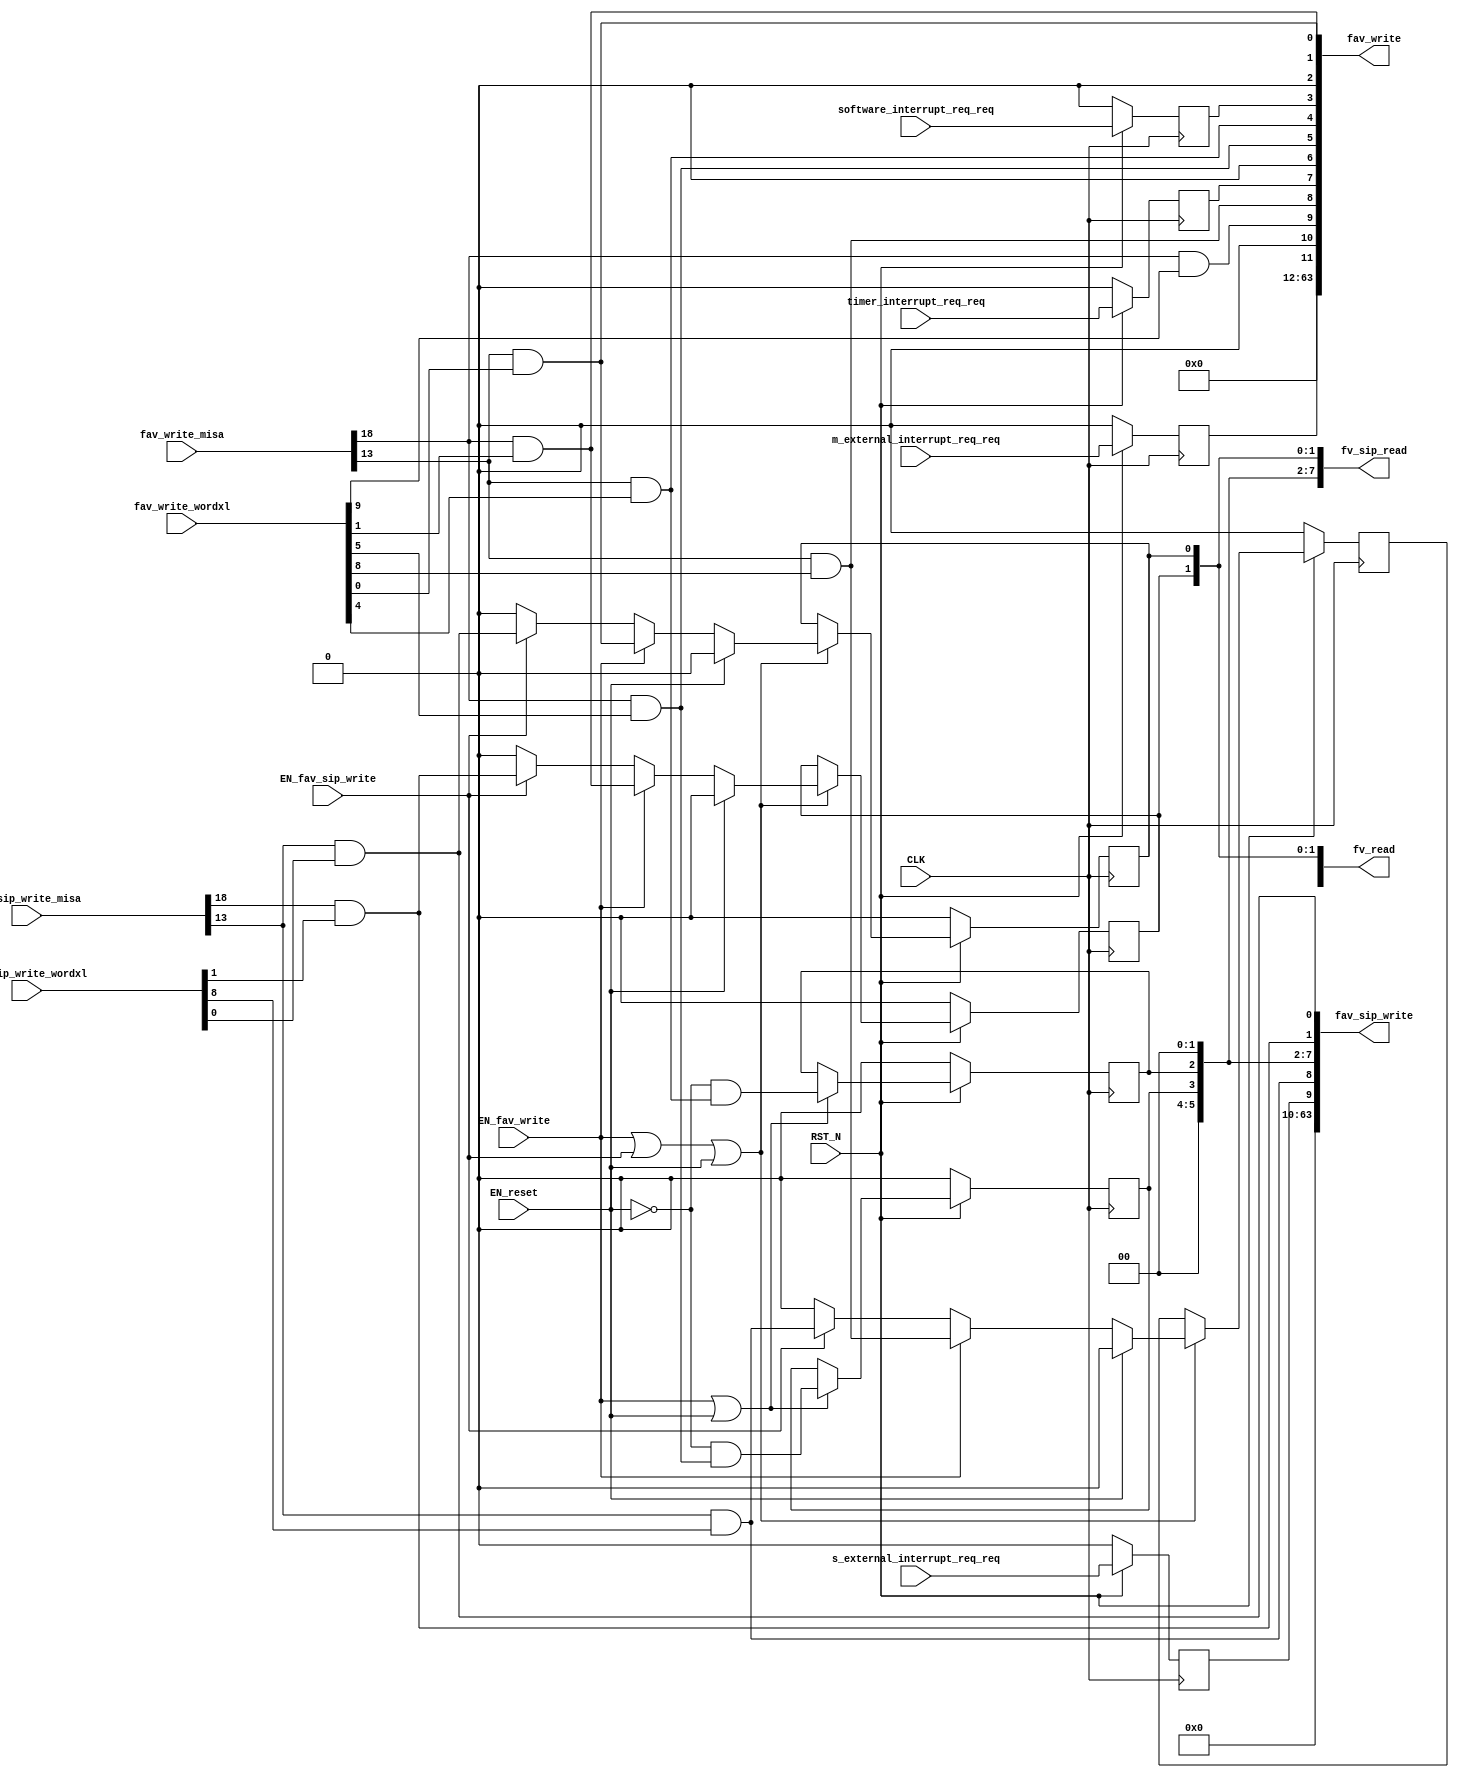
//
// Generated by Bluespec Compiler, version 2018.10.beta1 (build e1df8052c, 2018-10-17)
//
//
//
//
// Ports:
// Name                         I/O  size props
// fv_read                        O    64
// fav_write                      O    64
// fv_sip_read                    O    64
// fav_sip_write                  O    64
// CLK                            I     1 clock
// RST_N                          I     1 reset
// fav_write_misa                 I    28
// fav_write_wordxl               I    64
// fav_sip_write_misa             I    28
// fav_sip_write_wordxl           I    64
// m_external_interrupt_req_req   I     1 reg
// s_external_interrupt_req_req   I     1 reg
// software_interrupt_req_req     I     1 reg
// timer_interrupt_req_req        I     1 reg
// EN_reset                       I     1
// EN_fav_write                   I     1
// EN_fav_sip_write               I     1
//
// Combinational paths from inputs to outputs:
//   (fav_write_misa, fav_write_wordxl) -> fav_write
//   (fav_sip_write_misa, fav_sip_write_wordxl) -> fav_sip_write
//
//

`ifdef BSV_ASSIGNMENT_DELAY
`else
  `define BSV_ASSIGNMENT_DELAY
`endif

`ifdef BSV_POSITIVE_RESET
  `define BSV_RESET_VALUE 1'b1
  `define BSV_RESET_EDGE posedge
`else
  `define BSV_RESET_VALUE 1'b0
  `define BSV_RESET_EDGE negedge
`endif

module mkCSR_MIP(CLK,
		 RST_N,

		 EN_reset,

		 fv_read,

		 fav_write_misa,
		 fav_write_wordxl,
		 EN_fav_write,
		 fav_write,

		 fv_sip_read,

		 fav_sip_write_misa,
		 fav_sip_write_wordxl,
		 EN_fav_sip_write,
		 fav_sip_write,

		 m_external_interrupt_req_req,

		 s_external_interrupt_req_req,

		 software_interrupt_req_req,

		 timer_interrupt_req_req);
  input  CLK;
  input  RST_N;

  // action method reset
  input  EN_reset;

  // value method fv_read
  output [63 : 0] fv_read;

  // actionvalue method fav_write
  input  [27 : 0] fav_write_misa;
  input  [63 : 0] fav_write_wordxl;
  input  EN_fav_write;
  output [63 : 0] fav_write;

  // value method fv_sip_read
  output [63 : 0] fv_sip_read;

  // actionvalue method fav_sip_write
  input  [27 : 0] fav_sip_write_misa;
  input  [63 : 0] fav_sip_write_wordxl;
  input  EN_fav_sip_write;
  output [63 : 0] fav_sip_write;

  // action method m_external_interrupt_req
  input  m_external_interrupt_req_req;

  // action method s_external_interrupt_req
  input  s_external_interrupt_req_req;

  // action method software_interrupt_req
  input  software_interrupt_req_req;

  // action method timer_interrupt_req
  input  timer_interrupt_req_req;

  // signals for module outputs
  wire [63 : 0] fav_sip_write, fav_write, fv_read, fv_sip_read;

  // register rg_meip
  reg rg_meip;
  wire rg_meip$D_IN, rg_meip$EN;

  // register rg_msip
  reg rg_msip;
  wire rg_msip$D_IN, rg_msip$EN;

  // register rg_mtip
  reg rg_mtip;
  wire rg_mtip$D_IN, rg_mtip$EN;

  // register rg_seip
  reg rg_seip;
  wire rg_seip$D_IN, rg_seip$EN;

  // register rg_ssip
  reg rg_ssip;
  reg rg_ssip$D_IN;
  wire rg_ssip$EN;

  // register rg_stip
  reg rg_stip;
  wire rg_stip$D_IN, rg_stip$EN;

  // register rg_ueip
  reg rg_ueip;
  reg rg_ueip$D_IN;
  wire rg_ueip$EN;

  // register rg_usip
  reg rg_usip;
  reg rg_usip$D_IN;
  wire rg_usip$EN;

  // register rg_utip
  reg rg_utip;
  wire rg_utip$D_IN, rg_utip$EN;

  // rule scheduling signals
  wire CAN_FIRE_fav_sip_write,
       CAN_FIRE_fav_write,
       CAN_FIRE_m_external_interrupt_req,
       CAN_FIRE_reset,
       CAN_FIRE_s_external_interrupt_req,
       CAN_FIRE_software_interrupt_req,
       CAN_FIRE_timer_interrupt_req,
       WILL_FIRE_fav_sip_write,
       WILL_FIRE_fav_write,
       WILL_FIRE_m_external_interrupt_req,
       WILL_FIRE_reset,
       WILL_FIRE_s_external_interrupt_req,
       WILL_FIRE_software_interrupt_req,
       WILL_FIRE_timer_interrupt_req;

  // remaining internal signals
  wire [11 : 0] new_mip__h528, new_mip__h946;
  wire seip__h562,
       ssip__h566,
       ssip__h986,
       stip__h564,
       ueip__h563,
       ueip__h985,
       usip__h567,
       usip__h987,
       utip__h565;

  // action method reset
  assign CAN_FIRE_reset = 1'd1 ;
  assign WILL_FIRE_reset = EN_reset ;

  // value method fv_read
  assign fv_read = { 52'd0, new_mip__h528 } ;

  // actionvalue method fav_write
  assign fav_write = { 52'd0, new_mip__h946 } ;
  assign CAN_FIRE_fav_write = 1'd1 ;
  assign WILL_FIRE_fav_write = EN_fav_write ;

  // value method fv_sip_read
  assign fv_sip_read =
	     { 54'd0,
	       rg_seip,
	       rg_ueip,
	       2'b0,
	       rg_stip,
	       rg_utip,
	       2'b0,
	       rg_ssip,
	       rg_usip } ;

  // actionvalue method fav_sip_write
  assign fav_sip_write =
	     { 54'd0,
	       rg_seip,
	       ueip__h985,
	       2'b0,
	       rg_stip,
	       rg_utip,
	       2'b0,
	       ssip__h986,
	       usip__h987 } ;
  assign CAN_FIRE_fav_sip_write = 1'd1 ;
  assign WILL_FIRE_fav_sip_write = EN_fav_sip_write ;

  // action method m_external_interrupt_req
  assign CAN_FIRE_m_external_interrupt_req = 1'd1 ;
  assign WILL_FIRE_m_external_interrupt_req = 1'd1 ;

  // action method s_external_interrupt_req
  assign CAN_FIRE_s_external_interrupt_req = 1'd1 ;
  assign WILL_FIRE_s_external_interrupt_req = 1'd1 ;

  // action method software_interrupt_req
  assign CAN_FIRE_software_interrupt_req = 1'd1 ;
  assign WILL_FIRE_software_interrupt_req = 1'd1 ;

  // action method timer_interrupt_req
  assign CAN_FIRE_timer_interrupt_req = 1'd1 ;
  assign WILL_FIRE_timer_interrupt_req = 1'd1 ;

  // register rg_meip
  assign rg_meip$D_IN = m_external_interrupt_req_req ;
  assign rg_meip$EN = 1'b1 ;

  // register rg_msip
  assign rg_msip$D_IN = software_interrupt_req_req ;
  assign rg_msip$EN = 1'b1 ;

  // register rg_mtip
  assign rg_mtip$D_IN = timer_interrupt_req_req ;
  assign rg_mtip$EN = 1'b1 ;

  // register rg_seip
  assign rg_seip$D_IN = s_external_interrupt_req_req ;
  assign rg_seip$EN = 1'b1 ;

  // register rg_ssip
  always@(EN_reset or
	  EN_fav_write or ssip__h566 or EN_fav_sip_write or ssip__h986)
  case (1'b1)
    EN_reset: rg_ssip$D_IN = 1'd0;
    EN_fav_write: rg_ssip$D_IN = ssip__h566;
    EN_fav_sip_write: rg_ssip$D_IN = ssip__h986;
    default: rg_ssip$D_IN = 1'b0 /* unspecified value */ ;
  endcase
  assign rg_ssip$EN = EN_fav_write || EN_fav_sip_write || EN_reset ;

  // register rg_stip
  assign rg_stip$D_IN = !EN_reset && stip__h564 ;
  assign rg_stip$EN = EN_fav_write || EN_reset ;

  // register rg_ueip
  always@(EN_reset or
	  EN_fav_write or ueip__h563 or EN_fav_sip_write or ueip__h985)
  case (1'b1)
    EN_reset: rg_ueip$D_IN = 1'd0;
    EN_fav_write: rg_ueip$D_IN = ueip__h563;
    EN_fav_sip_write: rg_ueip$D_IN = ueip__h985;
    default: rg_ueip$D_IN = 1'b0 /* unspecified value */ ;
  endcase
  assign rg_ueip$EN = EN_fav_write || EN_fav_sip_write || EN_reset ;

  // register rg_usip
  always@(EN_reset or
	  EN_fav_write or usip__h567 or EN_fav_sip_write or usip__h987)
  case (1'b1)
    EN_reset: rg_usip$D_IN = 1'd0;
    EN_fav_write: rg_usip$D_IN = usip__h567;
    EN_fav_sip_write: rg_usip$D_IN = usip__h987;
    default: rg_usip$D_IN = 1'b0 /* unspecified value */ ;
  endcase
  assign rg_usip$EN = EN_fav_write || EN_fav_sip_write || EN_reset ;

  // register rg_utip
  assign rg_utip$D_IN = !EN_reset && utip__h565 ;
  assign rg_utip$EN = EN_fav_write || EN_reset ;

  // remaining internal signals
  assign new_mip__h528 =
	     { rg_meip,
	       1'b0,
	       rg_seip,
	       rg_ueip,
	       rg_mtip,
	       1'b0,
	       rg_stip,
	       rg_utip,
	       rg_msip,
	       1'b0,
	       rg_ssip,
	       rg_usip } ;
  assign new_mip__h946 =
	     { rg_meip,
	       1'b0,
	       seip__h562,
	       ueip__h563,
	       rg_mtip,
	       1'b0,
	       stip__h564,
	       utip__h565,
	       rg_msip,
	       1'b0,
	       ssip__h566,
	       usip__h567 } ;
  assign seip__h562 = fav_write_misa[18] && fav_write_wordxl[9] ;
  assign ssip__h566 = fav_write_misa[18] && fav_write_wordxl[1] ;
  assign ssip__h986 = fav_sip_write_misa[18] && fav_sip_write_wordxl[1] ;
  assign stip__h564 = fav_write_misa[18] && fav_write_wordxl[5] ;
  assign ueip__h563 = fav_write_misa[13] && fav_write_wordxl[8] ;
  assign ueip__h985 = fav_sip_write_misa[13] && fav_sip_write_wordxl[8] ;
  assign usip__h567 = fav_write_misa[13] && fav_write_wordxl[0] ;
  assign usip__h987 = fav_sip_write_misa[13] && fav_sip_write_wordxl[0] ;
  assign utip__h565 = fav_write_misa[13] && fav_write_wordxl[4] ;

  // handling of inlined registers

  always@(posedge CLK)
  begin
    if (RST_N == `BSV_RESET_VALUE)
      begin
        rg_meip <= `BSV_ASSIGNMENT_DELAY 1'd0;
	rg_msip <= `BSV_ASSIGNMENT_DELAY 1'd0;
	rg_mtip <= `BSV_ASSIGNMENT_DELAY 1'd0;
	rg_seip <= `BSV_ASSIGNMENT_DELAY 1'd0;
	rg_ssip <= `BSV_ASSIGNMENT_DELAY 1'd0;
	rg_stip <= `BSV_ASSIGNMENT_DELAY 1'd0;
	rg_ueip <= `BSV_ASSIGNMENT_DELAY 1'd0;
	rg_usip <= `BSV_ASSIGNMENT_DELAY 1'd0;
	rg_utip <= `BSV_ASSIGNMENT_DELAY 1'd0;
      end
    else
      begin
        if (rg_meip$EN) rg_meip <= `BSV_ASSIGNMENT_DELAY rg_meip$D_IN;
	if (rg_msip$EN) rg_msip <= `BSV_ASSIGNMENT_DELAY rg_msip$D_IN;
	if (rg_mtip$EN) rg_mtip <= `BSV_ASSIGNMENT_DELAY rg_mtip$D_IN;
	if (rg_seip$EN) rg_seip <= `BSV_ASSIGNMENT_DELAY rg_seip$D_IN;
	if (rg_ssip$EN) rg_ssip <= `BSV_ASSIGNMENT_DELAY rg_ssip$D_IN;
	if (rg_stip$EN) rg_stip <= `BSV_ASSIGNMENT_DELAY rg_stip$D_IN;
	if (rg_ueip$EN) rg_ueip <= `BSV_ASSIGNMENT_DELAY rg_ueip$D_IN;
	if (rg_usip$EN) rg_usip <= `BSV_ASSIGNMENT_DELAY rg_usip$D_IN;
	if (rg_utip$EN) rg_utip <= `BSV_ASSIGNMENT_DELAY rg_utip$D_IN;
      end
  end

  // synopsys translate_off
  `ifdef BSV_NO_INITIAL_BLOCKS
  `else // not BSV_NO_INITIAL_BLOCKS
  initial
  begin
    rg_meip = 1'h0;
    rg_msip = 1'h0;
    rg_mtip = 1'h0;
    rg_seip = 1'h0;
    rg_ssip = 1'h0;
    rg_stip = 1'h0;
    rg_ueip = 1'h0;
    rg_usip = 1'h0;
    rg_utip = 1'h0;
  end
  `endif // BSV_NO_INITIAL_BLOCKS
  // synopsys translate_on
endmodule  // mkCSR_MIP